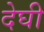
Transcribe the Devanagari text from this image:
देघी